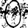
Digit: 0